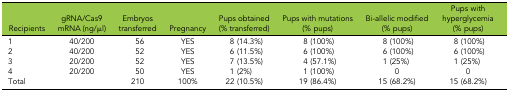
<table><thead><tr><td><b>Recipients</b></td><td><b>gRNA/Cas9 mRNA (ng/μl)</b></td><td><b>Embryos transferred</b></td><td><b>Pregnancy</b></td><td><b>Pups obtained (% transferred)</b></td><td><b>Pups with mutations (% pups)</b></td><td><b>Bi-allelic modified (% pups)</b></td><td><b>Pups with hyperglycemia (% pups)</b></td></tr></thead><tbody><tr><td>1</td><td>40/200</td><td>56</td><td>YES</td><td>8 (14.3%)</td><td>8 (100%)</td><td>8 (100%)</td><td>8 (100%)</td></tr><tr><td>2</td><td>40/200</td><td>52</td><td>YES</td><td>6 (11.5%)</td><td>6 (100%)</td><td>6 (100%)</td><td>6 (100%)</td></tr><tr><td>3</td><td>20/200</td><td>52</td><td>YES</td><td>7 (13.5%)</td><td>4 (57.1%)</td><td>1 (25%)</td><td>1 (25%)</td></tr><tr><td>4</td><td>20/200</td><td>50</td><td>YES</td><td>1 (2%)</td><td>1 (100%)</td><td>0</td><td>0</td></tr><tr><td>Total</td><td></td><td>210</td><td>100%</td><td>22 (10.5%)</td><td>19 (86.4%)</td><td>15 (68.2%)</td><td>15 (68.2%)</td></tr></tbody></table>